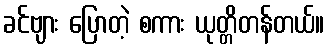
ခင်ဗျား ပြောတဲ့ စကား ယုတ္တိတန်တယ်။